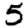
Digit: 5